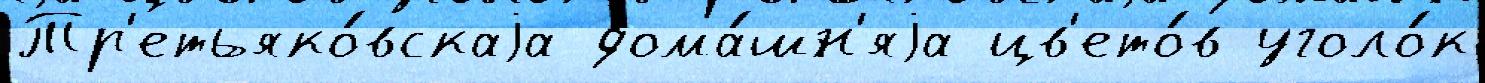
Тр'етьяко́вскаjа дома́шн'яjа цв'ето́в уголо́к